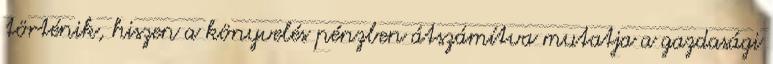
történik, hiszen a könyvelés pénzben átszámítva mutatja a gazdasági